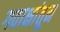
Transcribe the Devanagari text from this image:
गवाक्षांतून